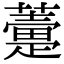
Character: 𧀶